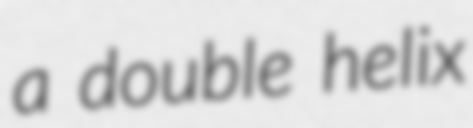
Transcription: a double helix